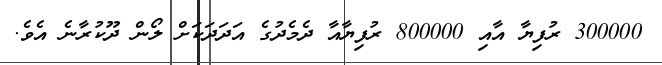
300000 ރުފިޔާ އާއި 800000 ރުފިޔާއާ ދެމެދުގެ އަދަދަކަށް ލޯން ދޫކުރާނެ އެވެ.